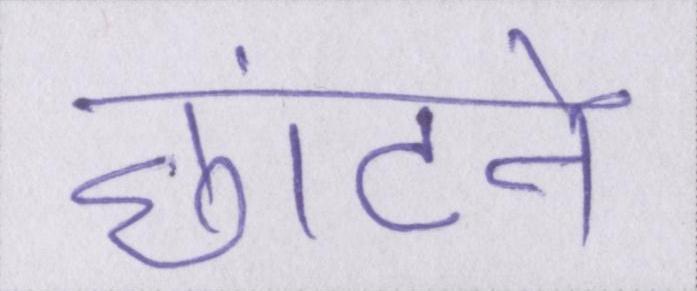
छांटने